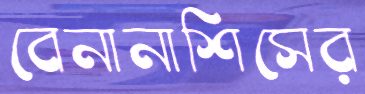
বেনানাশিসের